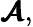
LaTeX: \pmb{\mathcal{A}},